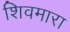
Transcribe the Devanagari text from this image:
शिवमारा